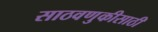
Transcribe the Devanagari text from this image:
साठवणुकीसाठी